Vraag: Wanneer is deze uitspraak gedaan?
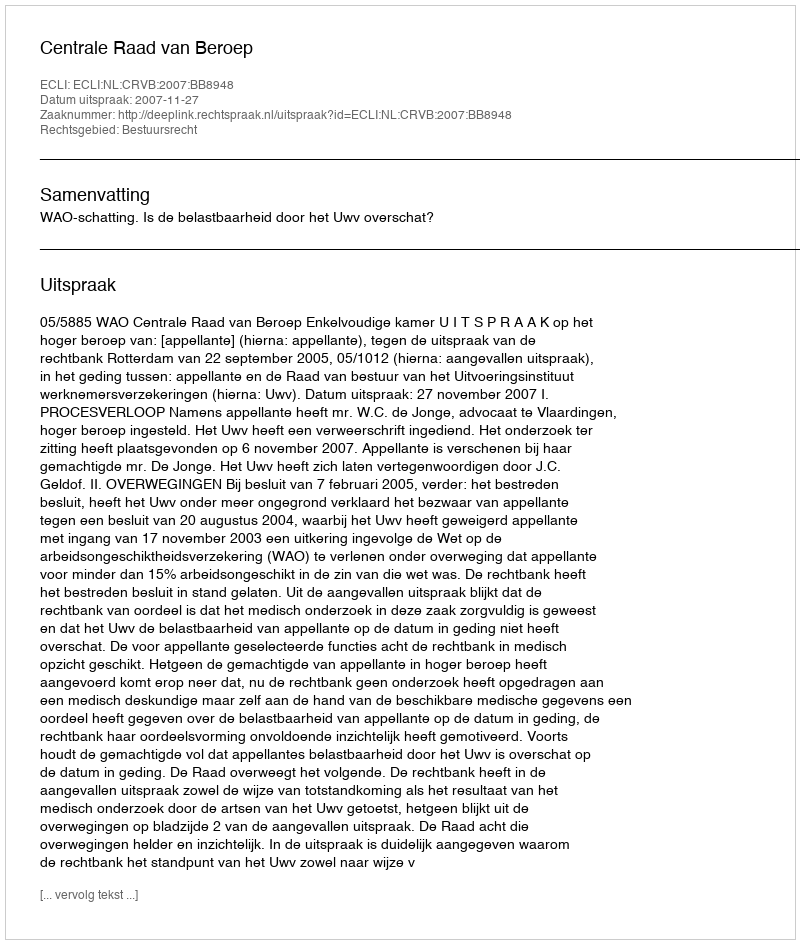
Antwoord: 2007-11-27